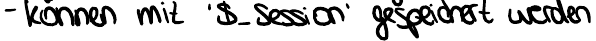
- können mit '$_session' gespeichert werden